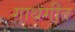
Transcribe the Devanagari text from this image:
गाथगीत